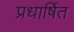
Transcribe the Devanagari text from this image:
प्रधार्षित